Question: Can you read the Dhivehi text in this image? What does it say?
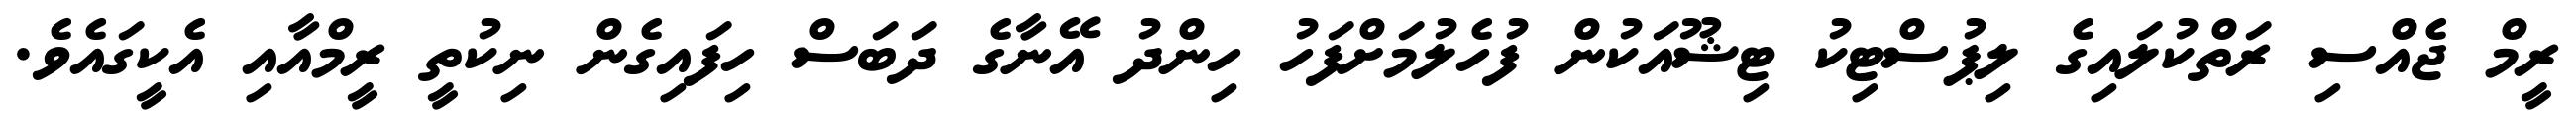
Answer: ރީމް ޖެއްސި ރަތްކުލައިގެ ލިޕުސްޓިކު ޓިޝޫއަކުން ފުހެލުމަށްފަހު ހިންދު އޭނާގެ ދަބަސް ހިފައިގެން ނިކުތީ ރީމްއާއި އެކީގައެވެ.